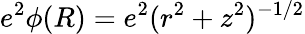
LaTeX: e^{2}\phi(R)=e^{2}(r^{2}+z^{2})^{-1/2}